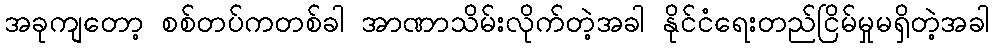
အခုကျတော့ စစ်တပ်ကတစ်ခါ အာဏာသိမ်းလိုက်တဲ့အခါ နိုင်ငံရေးတည်ငြိမ်မှုမရှိတဲ့အခါ